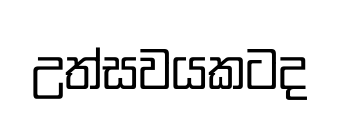
උත්සවයකටද